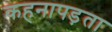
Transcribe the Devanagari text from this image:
कहनापड़ता